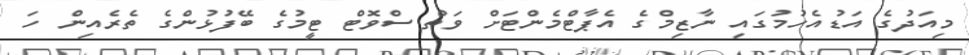
މިއަދުގެ އަޑުއެހުމުގައި ނާޒިމްގެ އެޕާާޓްމެންޓަށް ވަތް ސްވޮޓް ޓީމުގެ ބޭފުޅުންގެ ތެރެއިން ހަ